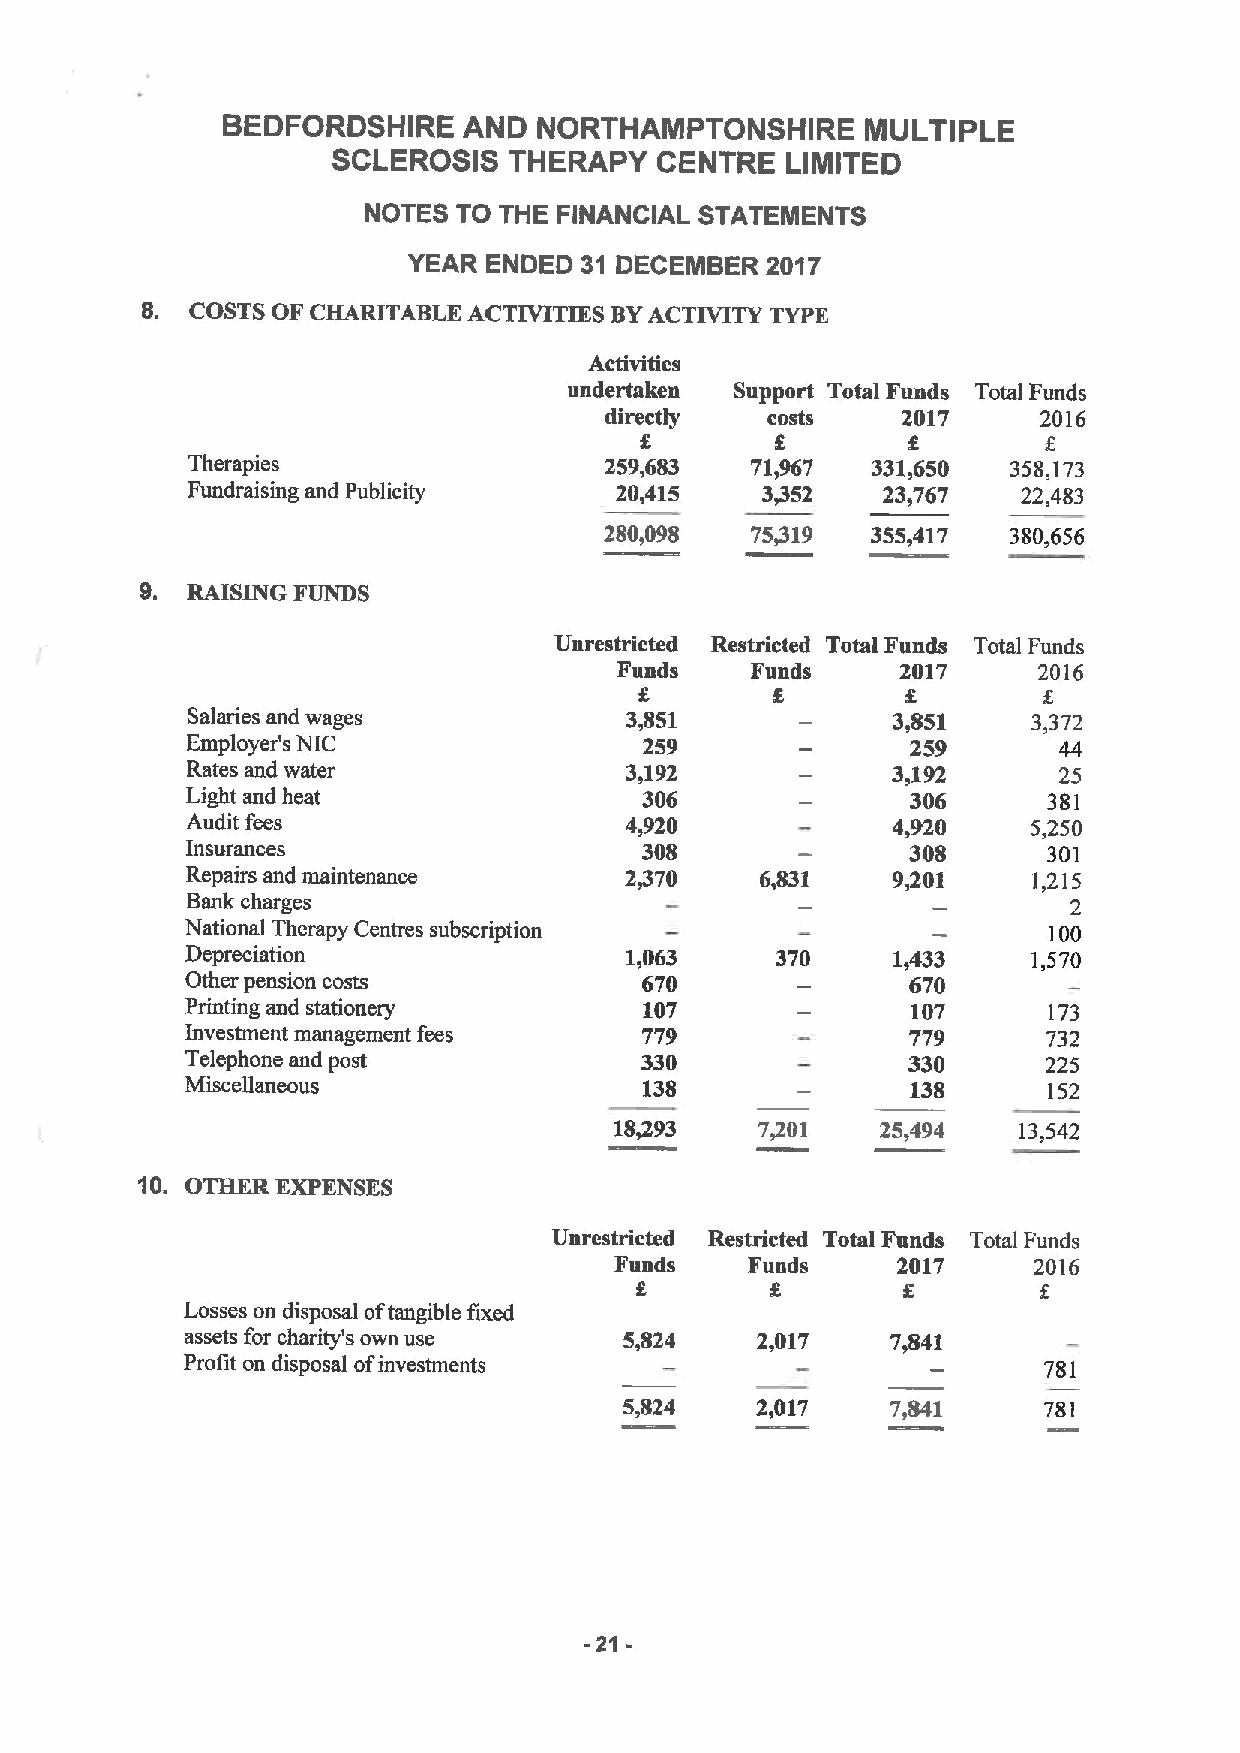
BEDFORDSHIRE    AND  NORTHAMPTONSHIRE     MULTIPLE
 SCLEROSIS   THERAPY  CENTRE   LIMITED
 NOTES TO THE FINANCIAL STATEMENTS
 YEAR ENDED 31 DECEMBER  2017
 8.  COSTS OF CHARITABLE ACTIVITIES BYACTIVITY TYPE
 Activities
 undertaken Support Total Funds Total Funds
 directly   costs    2017     2016
 g
 Therapies                   259,683   71,967  331,650  358,173
 Fundraising and Publicity    20,415   3/52    23,767    22,483
 280,098   75419   355,417  380,656
 0. RAISING FUNDS
 Unrestricted Restricted Total Funds Total Funds
 Funds    Funds     2017     2016
 Salaries and wages           3,851             3,851    3,372
 Employer's NIC                 259              259       44
 Rates and water              3,192             3,192      25
 Light and heat                 306              306      381
 Audit fees                   4,920             4,920    5,250
 Insurances                     308              308      301
 Repairs and maintenance      2470     6,831    9,201    1,215
 Bank charges                                               2
 National Therapy Centres subscription                    100
 Depreciation                 1,063     370     1,433    1,570
 Other pension costs            670              670
 Printing and stationery        107              107      173
 Investment management fees     779              779      732
 Telephone and post            330               330      225
 Miscellaneous                  138              138      152
 18,293   7/01    25,494   13,542
 10. OTHER EXPENSES
 Unrestricted Restricted Total Funds Total Funds
 Funds    Funds    2017     2016
 Losses on disposal oftangible fixed
 assets for charity's own use 5,824    2,017    7,841
 Profit on disposal ofinvestments                         781
 5,824    2,017    7,841     781
 -21-